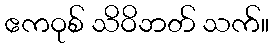
ဧကဝုစ် သိဝိဘတ် သက်။